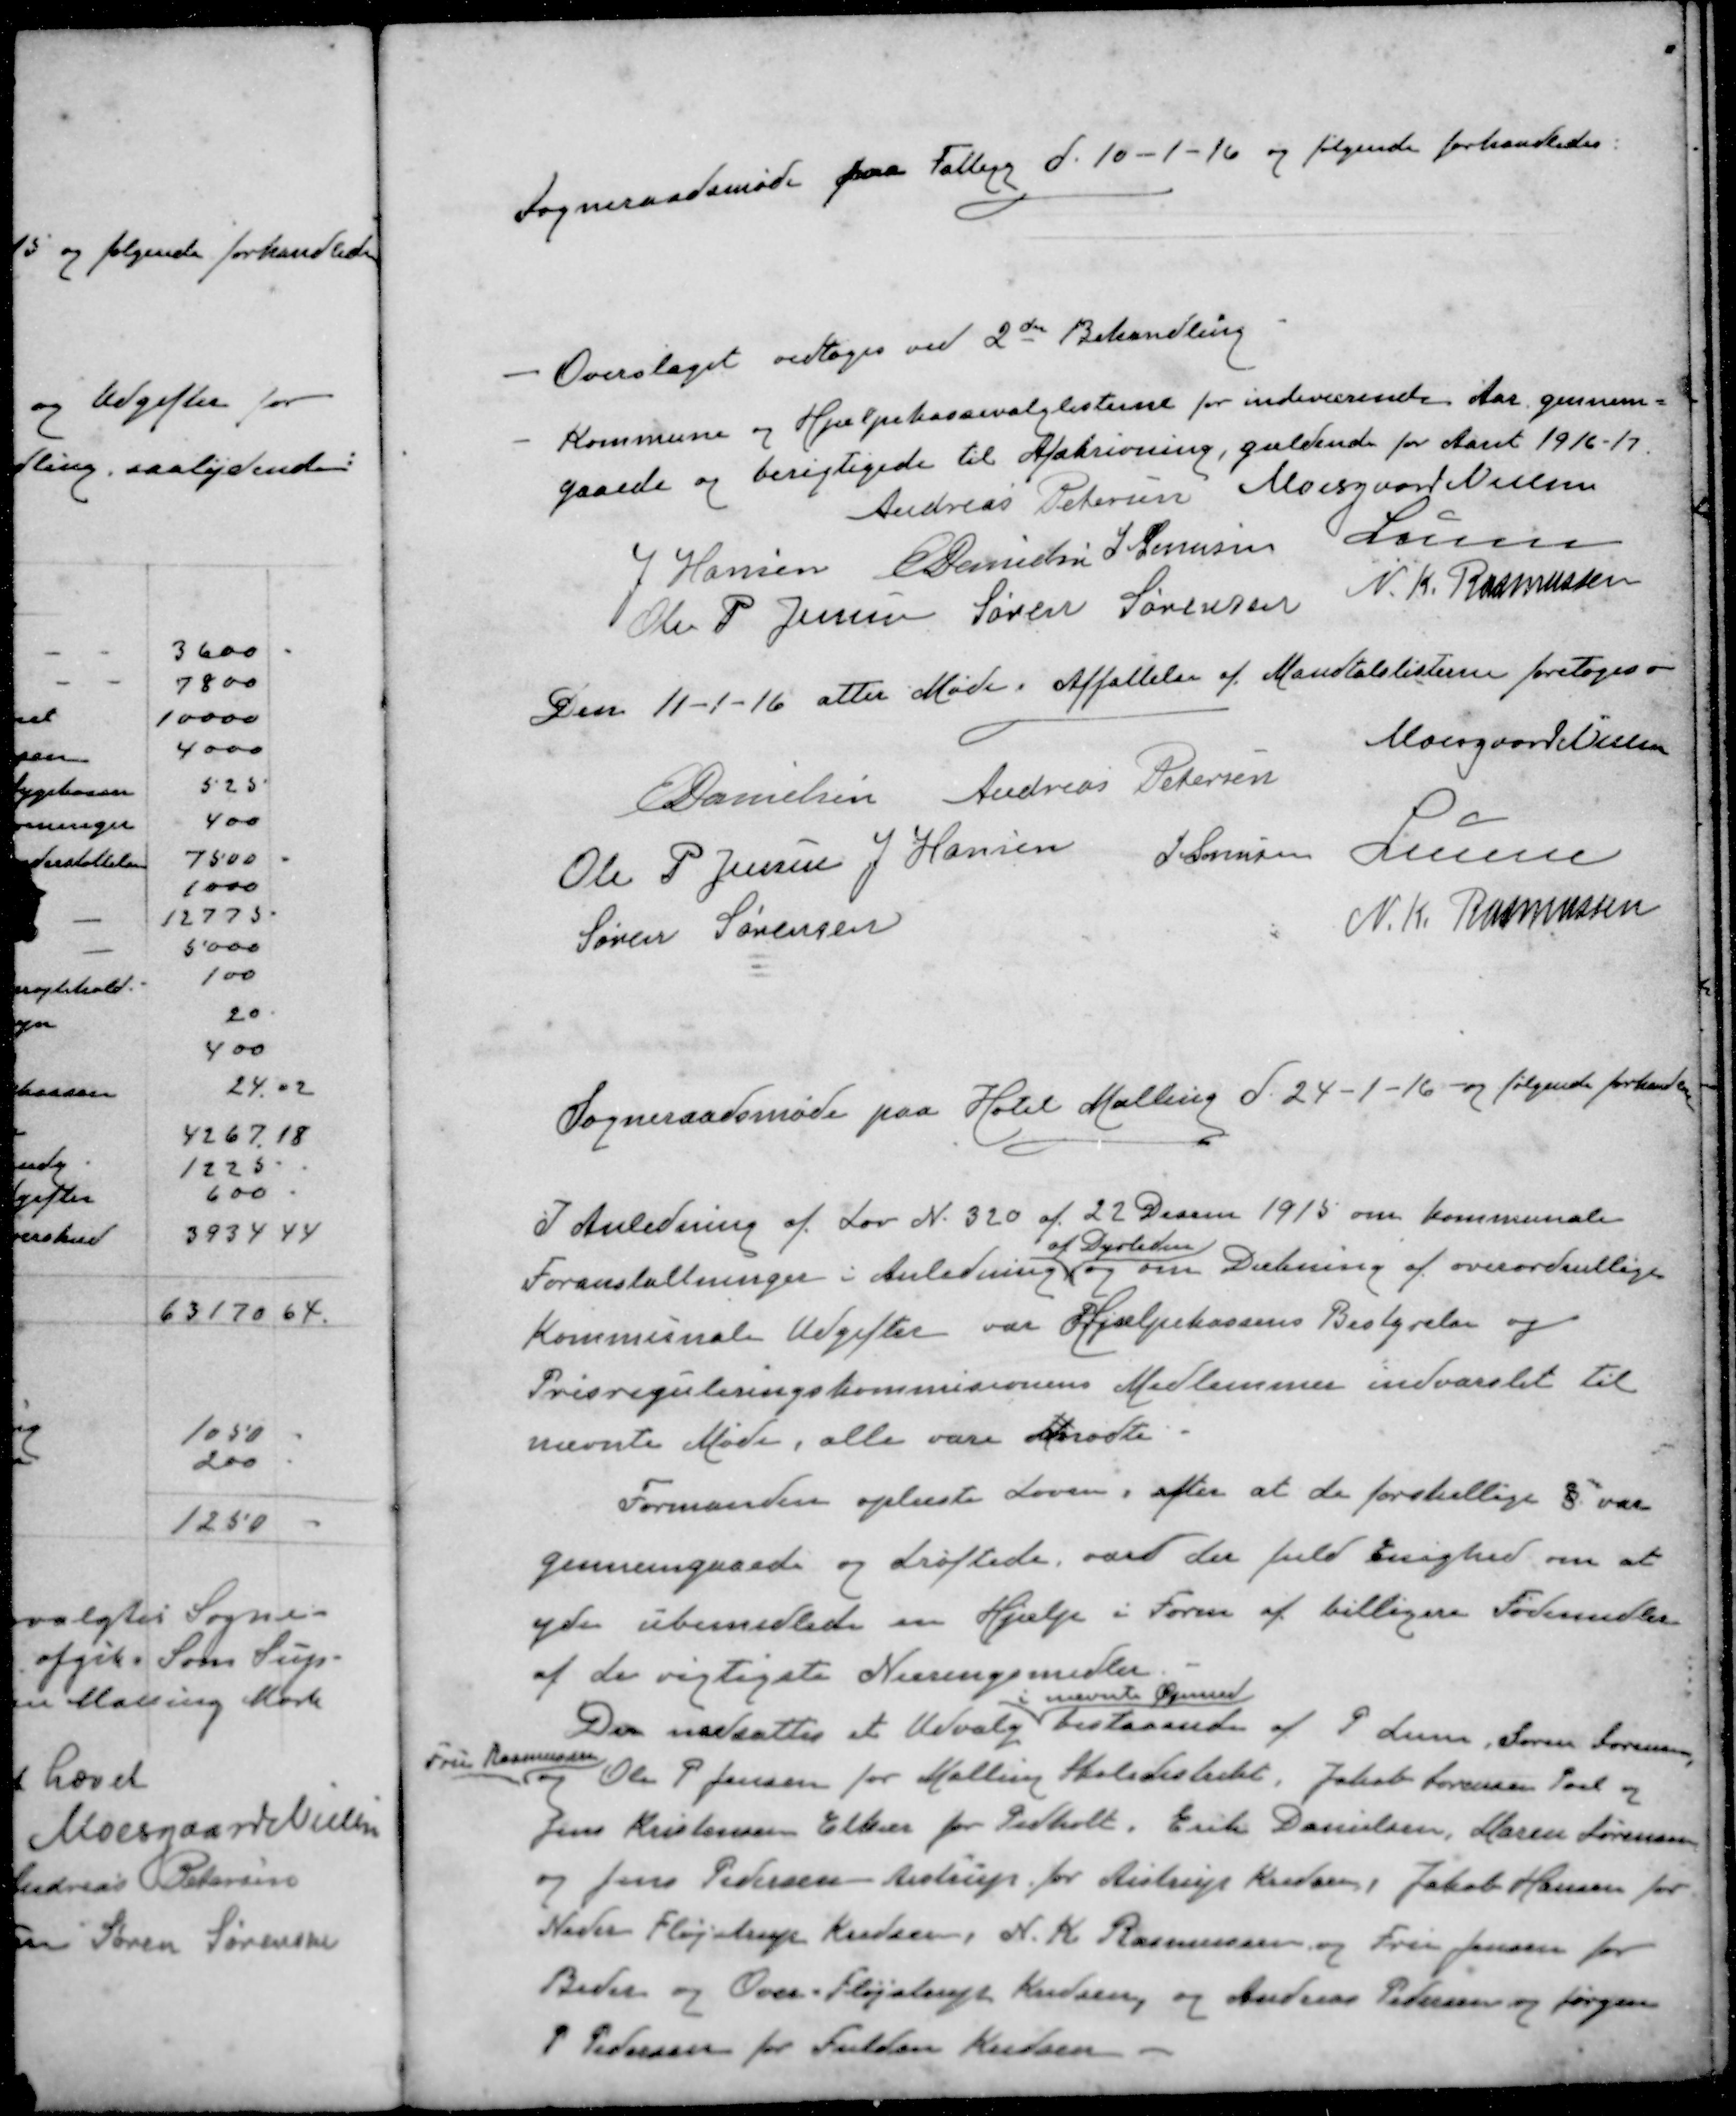
Transskription:
Sogneraadsmøde paa Fattigg d. 10-1-16 og følgende forhandledes:
- Overslaget vedtoges ved 2de Behandling
- Kommune og Hjælpekassevalglisterne for indeværende Aar gennem-
gaaede og berigtigede til Afskrivning, gældende for Aaret 1916-17
Andreas Petersen
Moesgaard Nielsen
J Hansen
E Danielsen
J Sørensen
Lunn
Ole P Jensen
Søren Sørensen
N. K. Rasmussen
Den 11-1-16 atter Møde i Affattelse af Mandtalslisterne foretoges
Moesgaard Nielsen
E Danielsen
Andreas Petersen
Ole P Jensen
J Hansen
J Sørensen
Lunn
Søren Sørensen
N. K. Rasmussen
Sogneraadsmøde paa Hotel Malling d. 24-1-16 og følgende forhandledes
I Anledning af Lov N. 320 af 22 Decem 1915 om kommunale
af Dyrtiden
Foranstaltninger i Anledning og om Dækning af overordentlige
Kommunale Udgifter var Hjælpekassens Bestyrelse og
Prisreguleringskommisionens Medlemmer indvarslet til
nævnte Møde, alle vare mødte.
Formanden oplæste Loven, efter at de forskellige 8 var
gennemgaaede og drøftede var der fuld Enighed om at
yder ubemidlede en Hjælp i Form af billigere Fødemidler
af de vigtigste Næringsmidler
i nævnte Øjemed
Da nedsattes et Udvalg bestaaende af P Lunn, Søren Sørensen
Fru Rasmussen
og Ole P Jensen for Malling Skoledistrikt, Jakob Sørensen Poul og
Jens Kristensen Elkær for Pedholt, Erik Danielsen, Maren Sørensen
og Jens Pedersen Aistrup for Aistrup Kredsen, Jakob Hansen for
Neder Fløjstrup Kredsen, N. K. Rasmussen og Fru Jensen for
Beder og Over- Fløjstrup Kredsen, og Andreas Pedersen og Jørgen
P Pedersen for Fulden Kredsen